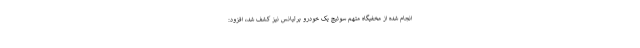
انجام شده از مخفیگاه متهم سوئیچ یک خودرو برلیانس نیز کشف شد، افزود: